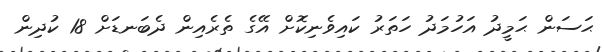
ޙަސަން ޙަމީދު އަހުމަދު ހަތަރު ކައިވެނިކޮށް އޭގެ ތެރެއިން ދެބަނޑަށް 18 ކުދިން